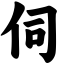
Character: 伺